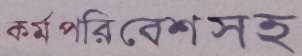
কর্মপরিবেশসহ